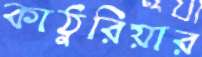
কাঠুরিয়ার